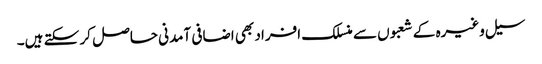
سیل وغیرہ کے شعبوں سے منسلک افراد بھی اضافی آمدنی حاصل کر سکتے ہیں۔